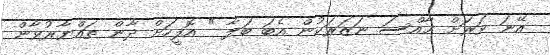
އޭނަ ވަރަށް ޚާއްސަ ނަޒަރަކުން އެބަ ބަލާ " އޮފީހަށް ދާން ތައްޔާރުވާން